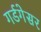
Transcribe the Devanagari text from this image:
गर्डगेसर